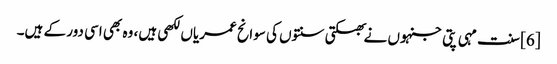
[6] سنت مہی پتی جنہوں نے بھکتی سنتوں کی سوانح عمریاں لکھی ہیں، وہ بھی اسی دور کے ہیں۔